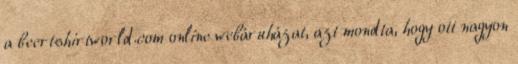
a beertshirtworld.com online webáruházat, azt mondta, hogy ott nagyon